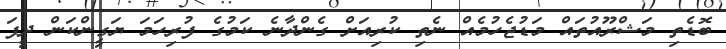
ބޮޑެތި މަޝްރޫއުތައް މަޑުޖެހުމެއް ނެތި ކުރިއަށް ގެންދާނެ ކަމުގެ ފުރިހަމަ ޔަގީންކަން ދީފަ